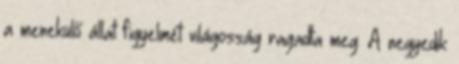
a menekülő állat figyelmét világosság ragadta meg. A negyedik